Punjab Mental Hospital Lahore 1922-31 - 1922-1931
Year: 1922
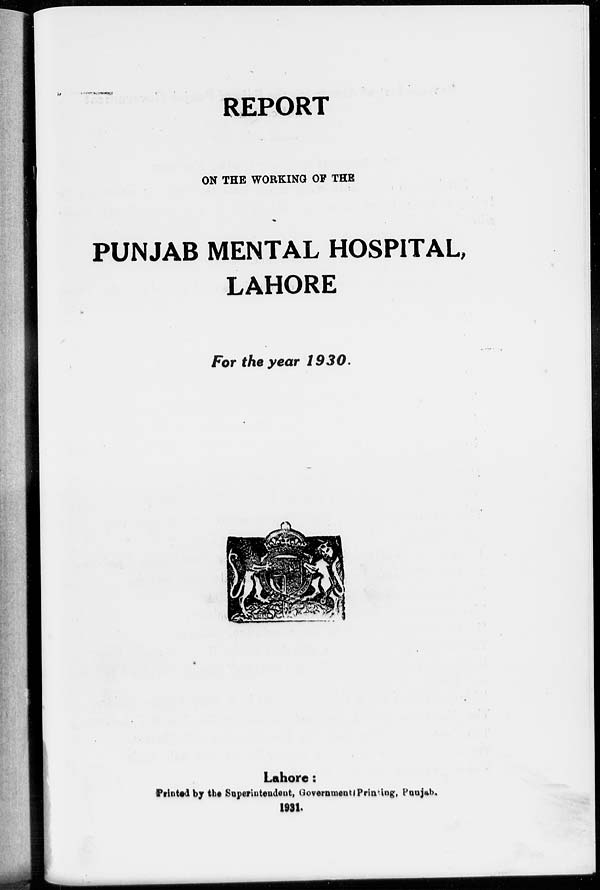
REPORT
ON THE WORKING OF THE
PUNJAB MENTAL HOSPITAL,
LAHORE
For the year 1930.
Lahore:
Printed by the Superintendent, Government Printing, Punjab.
1931.